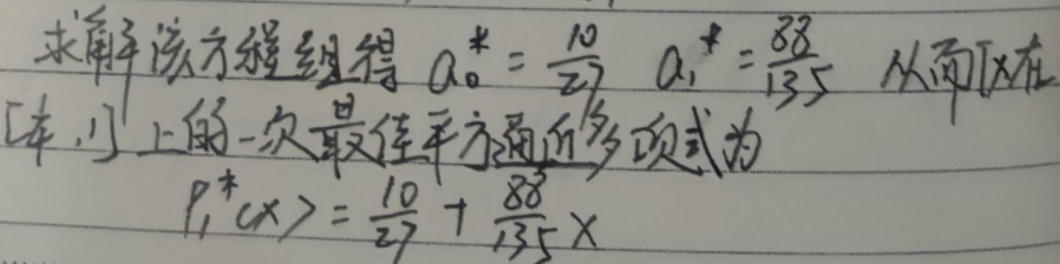
求解该方程组得 $a_0^* = \frac{10}{27}$, $a_1^* = \frac{88}{135}$, 从而 $f$ 在 $[0,1]$ 上的一次最佳平方逼近多项式为
\[
P_1^*(x) = \frac{10}{27} + \frac{88}{135}x
\]